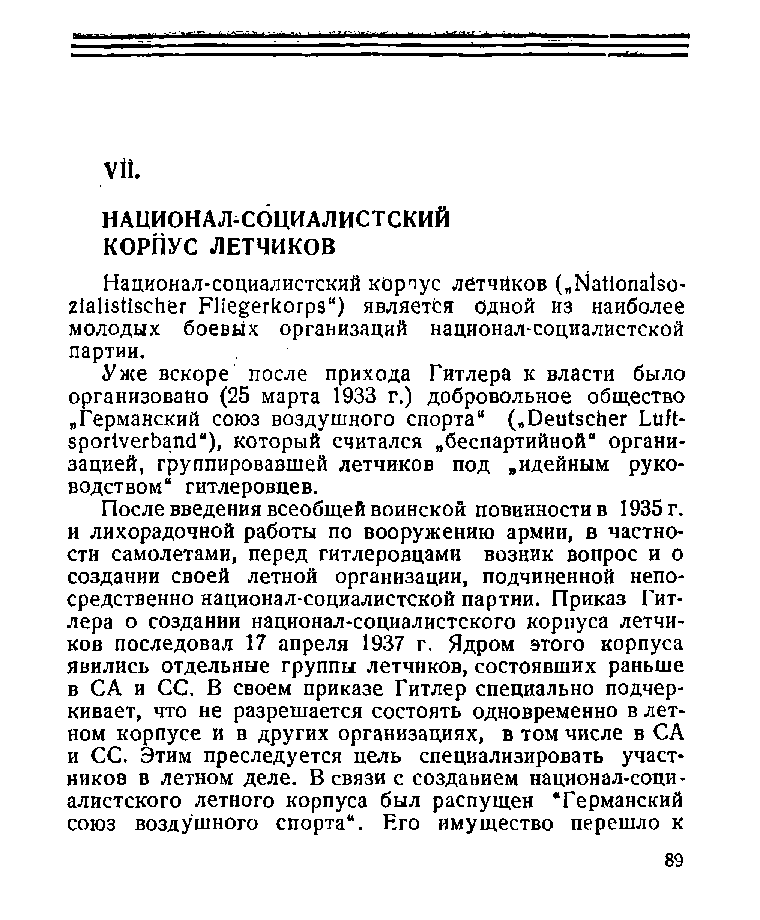
Vtt.
 НАЦИОНАЛ-СОЦИАЛИСТСКИЙ
 КОРПУС ЛЕТЧИКОВ
 Национал-социалистский корпус лбтчйков („Nationalso­
 zialistischer Fliegerkorps“) является одной из наиболее
 молодых боевых организаций национал-социалистской
 партии.
 Уже вскоре после прихода Гитлера к власти было
 организовано (25 марта 1933 г.) добровольное общество
 „Германский союз воздушного спорта“ („Deutscher Luft­
 sportverband“), который считался „беспартийной“ органи­
 зацией, группировавшей летчиков под „идейным руко­
 водством“ гитлеровцев.
 После введения всеобщей воинской повинности в 1935 г.
 и лихорадочной работы по вооружению армии, в частно­
 сти самолетами, перед гитлеровцами возник вопрос и о
 создании своей летной организации, подчиненной непо­
 средственно национал-социалистской партии. Приказ Гит­
 лера о создании национал-социалистского корпуса летчи­
 ков последовал 17 апреля 1937 г. Ядром этого корпуса
 явились отдельные группы летчиков, состоявших раньше
 в С А и СС. В своем приказе Гитлер специально подчер­
 кивает, что не разрешается состоять одновременно в лет­
 ном корпусе и в других организациях, в том числе в СА
 и СС. Этим преследуется цель специализировать участ­
 ников в летном деле. В связи с созданием национал-соци­
 алистского летного корпуса был распущен “Германский
 союз воздушного спорта“. Его имущество перешло к
 89